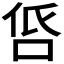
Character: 𠱧